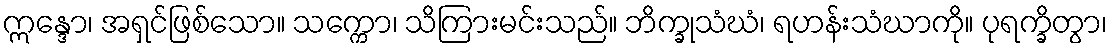
ဣန္ဒော၊ အရှင်ဖြစ်သော။ သက္ကော၊ သိကြားမင်းသည်။ ဘိက္ခုသံဃံ၊ ရဟန်းသံဃာကို။ ပုရက္ခိတွာ၊